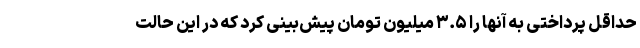
حداقل پرداختی به آنها را ۳.۵ میلیون تومان پیش‌بینی کرد که در این حالت